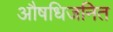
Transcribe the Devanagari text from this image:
औषधिजनित